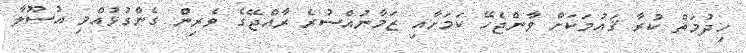
ހިދުމަތް ކުރާ ޤައުމަކަށް ވާންޖެހޭ ކަމަށާއި ޒަމާނުއްސުރެ ރާއްޖޭގެ ވެރިން ގެންގުޅުއްވި އުސޫލާ